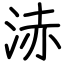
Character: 浾